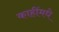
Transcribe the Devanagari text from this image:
काहींमधे